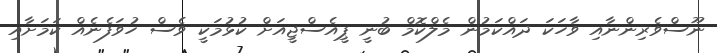
ނޫސްވެރިންނާއި ވާހަކަ ދައްކަމުން މެލްކޮމް ބުނީ ޕީއެސްޖީއަށް ކުޅުމަކީ ވެސް ހުވަފެނެއް ކަމަށާއި